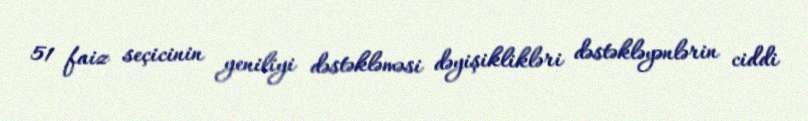
51 faiz seçicinin yeniliyi dəstəkləməsi dəyişiklikləri dəstəkləyənlərin ciddi